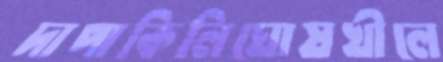
দাপাকিলিঘোষখীলে